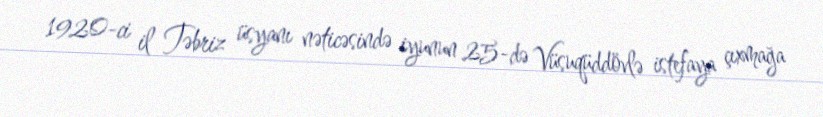
1920-ci il Təbriz üsyanı nəticəsində iyunun 25-də Vüsuqüddövlə istefaya çıxmağa